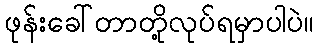
ဖုန်းခေါ်တာတို့လုပ်ရမှာပါပဲ။